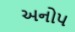
અનોપ